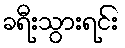
ခရီးသွားရင်း